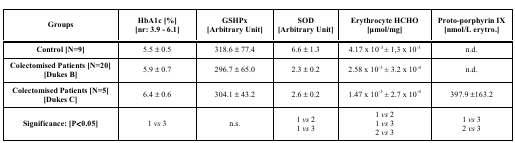
| Groups | HbA1c [%] [nr: 3.9 - 6.1] | GSHPx [Arbitrary Unit] | SOD [Arbitrary Unit] | Erythrocyte HCHO [μmol/mg] | Proto-porphyrin IX [nmol/L erytro.] |
 | --- | --- | --- | --- | --- | --- |
 | Control [N=9] | 5.5 ± 0.5 | 318.6 ± 77.4 | 6.6 ± 1.3 | 4.17 x 10-3 ± 1,3 x 10-3 | n.d. |
 | Colectomised Patients [N=20] [Dukes B] | 5.9 ± 0.7 | 296.7 ± 65.0 | 2.3 ± 0.2 | 2.58 x 10-3 ± 3.2 x 10-4 | n.d. |
 | Colectomised Patients [N=5] [Dukes C] | 6.4 ± 0.6 | 304.1 ± 43.2 | 2.6 ± 0.2 | 1.47 x 10-3 ± 2.7 x 10-4 | 397.9 ±163.2 |
 | <ROWSPAN=3> Significance: [P<0.05] | <ROWSPAN=2> 1 vs 3 | <ROWSPAN=2> n.s. | 1 vs 21 vs 3 | 1 vs 21 vs 32 vs 3 | 1 vs 32 vs 3 |